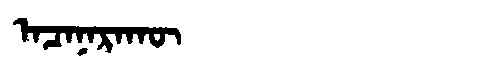
Manchu: ᠠᠴᠠᠨᠠᡵᠠᡴᡡ
Romanization: ACANARAKŪ